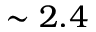
\sim 2 . 4